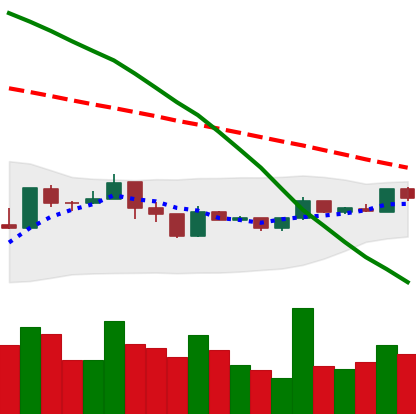
Ticker: XMR-USD
Chart end date: 2019-01-07
Forward return: -14.801%
Label: down_7plus